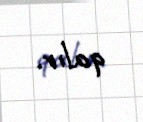
qalır.